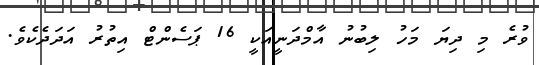
ވުރެ މި ދިޔަ މަހު ލިބުނު އާމްދަނީއަކީ 16 ޕަސެންޓް އިތުރު އަދަދެކެވެ.